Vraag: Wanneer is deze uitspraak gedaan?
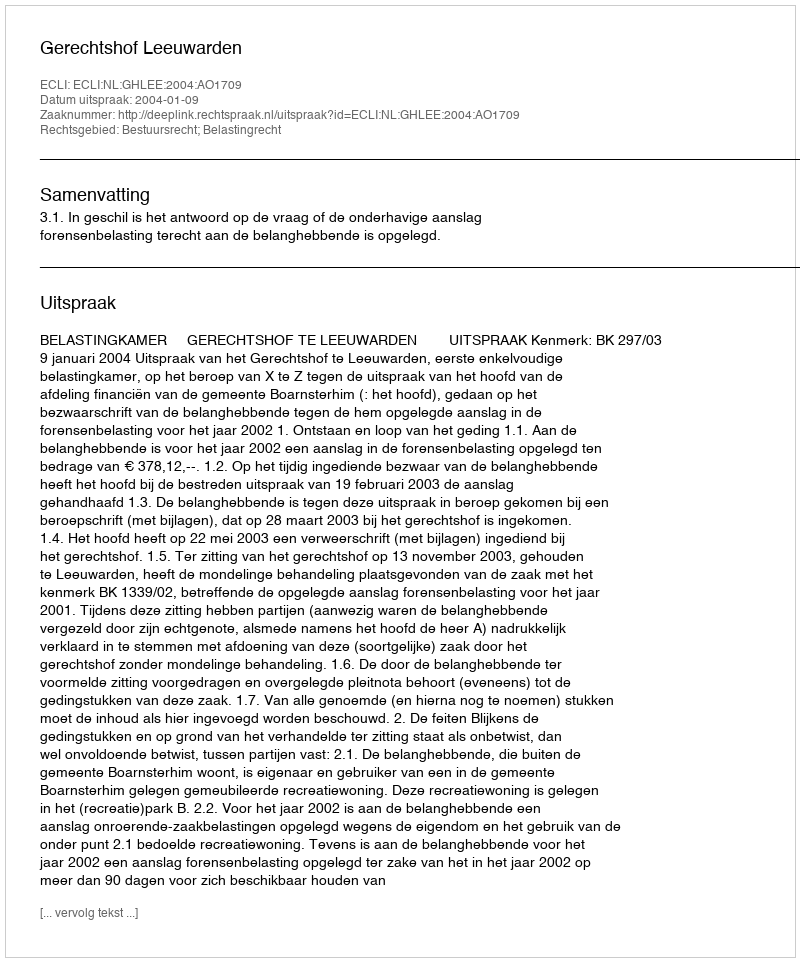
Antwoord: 2004-01-09